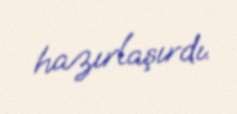
hazırlaşırdı.